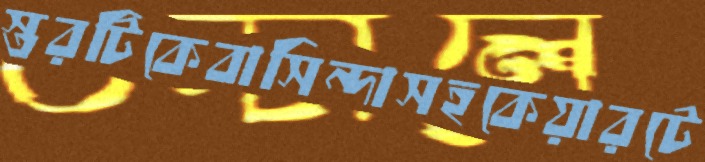
স্তরটিকেবাসিন্দাসহকেয়ারটে